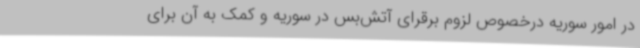
در امور سوریه درخصوص لزوم برقرای آتش‌بس در سوریه و کمک به آن برای